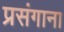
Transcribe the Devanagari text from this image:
प्रसंगाना